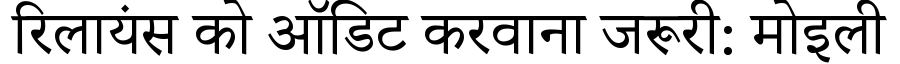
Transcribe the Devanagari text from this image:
रिलायंस को ऑडिट करवाना जरूरी: मोइली